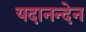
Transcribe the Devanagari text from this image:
यदानन्देन